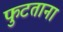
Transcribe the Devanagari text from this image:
फुटताना